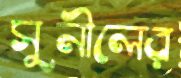
সুনীলের